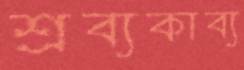
শ্রব্যকাব্য